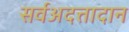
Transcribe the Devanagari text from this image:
सर्वअदत्तादान